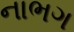
નાભગ